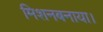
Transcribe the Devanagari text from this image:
मिशनबनाया।